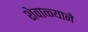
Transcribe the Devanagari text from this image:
शेवाळ्याने